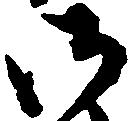
御